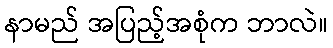
နာမည် အပြည့်အစုံက ဘာလဲ။